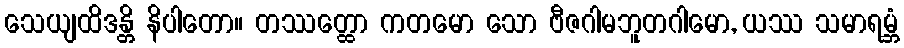
သေယျထိဒန္တိ နိပါတော။ တဿတ္ထော ကတမော သော ဗီဇဂါမဘူတဂါမော, ယဿ သမာရမ္ဘံ